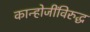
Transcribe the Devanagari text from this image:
कान्होजींविरुद्ध